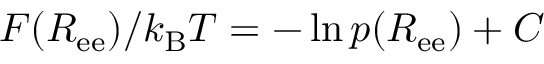
F ( R _ { \mathrm { e e } } ) / k _ { \mathrm { B } } T = - \ln { { p ( R _ { \mathrm { e e } } ) } } + C